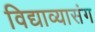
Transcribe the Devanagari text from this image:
विद्याव्यासंग